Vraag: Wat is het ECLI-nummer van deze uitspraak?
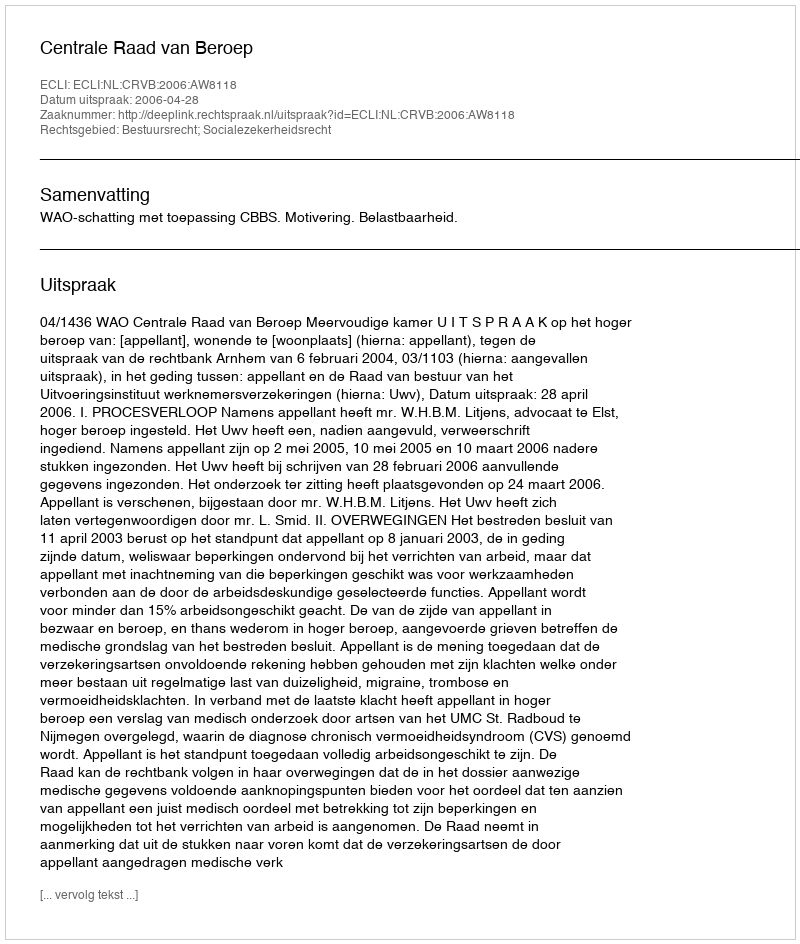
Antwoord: ECLI:NL:CRVB:2006:AW8118